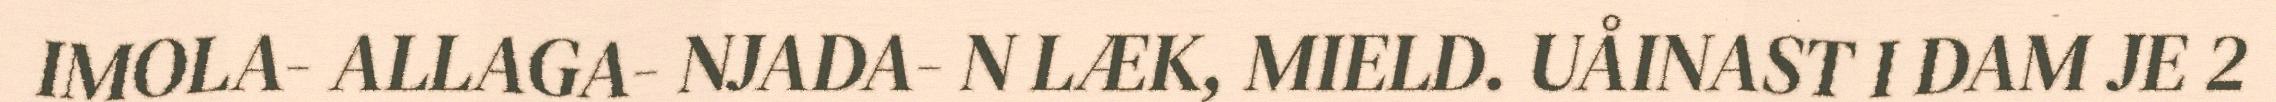
IMOLA- ALLAGA- NJADA- N LÆK, MIELD. UÅINAST I DAM JE 2